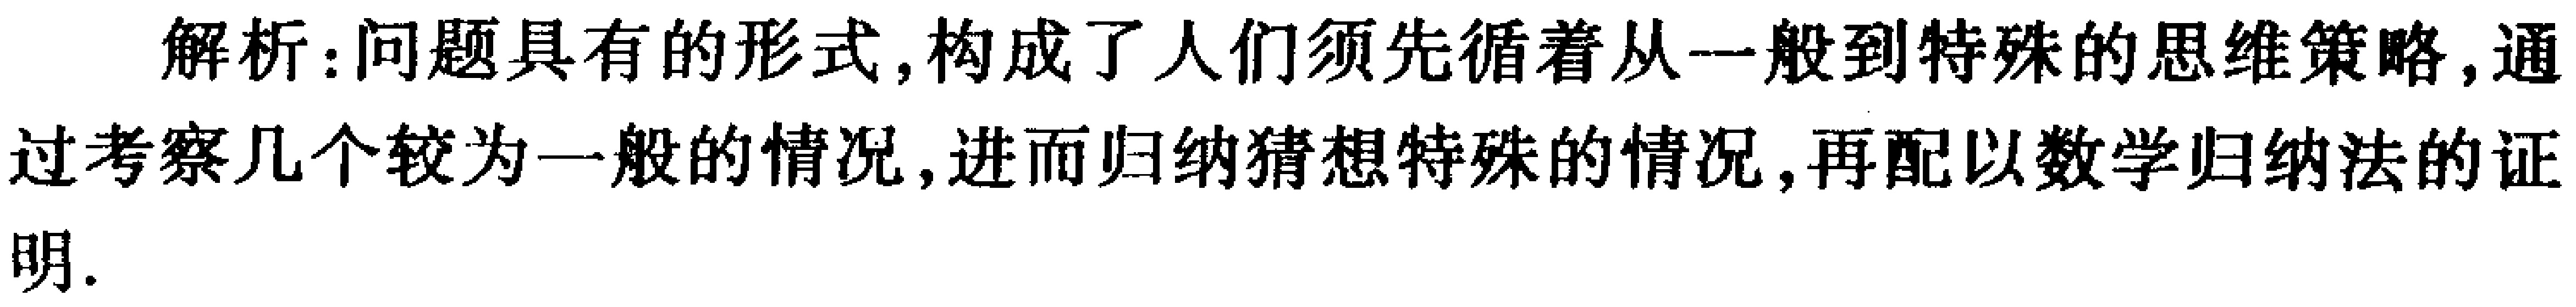
解析：问题具有的形式,构成了人们须先循着从一般到特殊的思维策略,通过考察几个较为一般的情况,进而归纳猜想特殊的情况,再配以数学归纳法的证明.